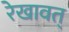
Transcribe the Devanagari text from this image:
रेखावत्‌